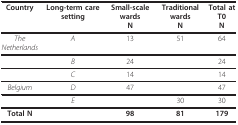
| Country | Long-term care setting | Small-scale wardsN | Traditional wardsN | Total at T0N |
 | --- | --- | --- | --- | --- |
 | The Netherlands | A | 13 | 51 | 64 |
 |  | B | 24 |  | 24 |
 |  | C | 14 |  | 14 |
 | Belgium | D | 47 |  | 47 |
 |  | E |  | 30 | 30 |
 | Total N |  | 98 | 81 | 179 |